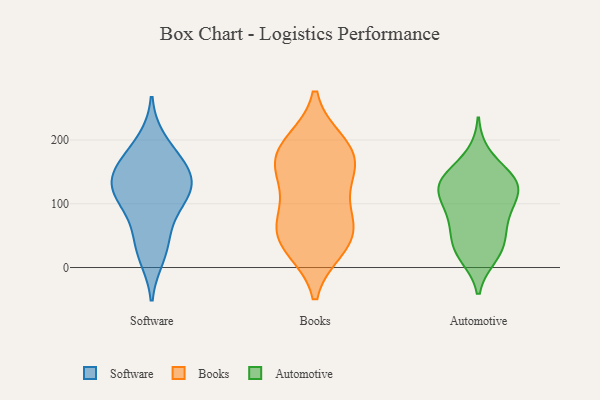
{"axis": {"x": "Inventory Turnover", "y": "Value"}, "legend": ["Automotive", "Books", "Software"], "data": [{"x": "", "y": 198, "type": "Software"}, {"x": "", "y": 34, "type": "Software"}, {"x": "", "y": 163, "type": "Software"}, {"x": "", "y": 18, "type": "Software"}, {"x": "", "y": 116, "type": "Software"}, {"x": "", "y": 157, "type": "Software"}, {"x": "", "y": 125, "type": "Software"}, {"x": "", "y": 102, "type": "Software"}, {"x": "", "y": 130, "type": "Software"}, {"x": "", "y": 161, "type": "Software"}, {"x": "", "y": 65, "type": "Software"}, {"x": "", "y": 121, "type": "Software"}, {"x": "", "y": 151, "type": "Books"}, {"x": "", "y": 148, "type": "Books"}, {"x": "", "y": 187, "type": "Books"}, {"x": "", "y": 83, "type": "Books"}, {"x": "", "y": 155, "type": "Books"}, {"x": "", "y": 185, "type": "Books"}, {"x": "", "y": 31, "type": "Books"}, {"x": "", "y": 51, "type": "Books"}, {"x": "", "y": 88, "type": "Books"}, {"x": "", "y": 195, "type": "Books"}, {"x": "", "y": 35, "type": "Books"}, {"x": "", "y": 55, "type": "Books"}, {"x": "", "y": 95, "type": "Automotive"}, {"x": "", "y": 138, "type": "Automotive"}, {"x": "", "y": 176, "type": "Automotive"}, {"x": "", "y": 23, "type": "Automotive"}, {"x": "", "y": 29, "type": "Automotive"}, {"x": "", "y": 136, "type": "Automotive"}, {"x": "", "y": 127, "type": "Automotive"}, {"x": "", "y": 18, "type": "Automotive"}, {"x": "", "y": 67, "type": "Automotive"}, {"x": "", "y": 109, "type": "Automotive"}, {"x": "", "y": 89, "type": "Automotive"}, {"x": "", "y": 128, "type": "Automotive"}, {"x": "", "y": 140, "type": "Automotive"}, {"x": "", "y": 67, "type": "Automotive"}, {"x": "", "y": 129, "type": "Automotive"}, {"x": "", "y": 41, "type": "Automotive"}]}